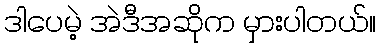
ဒါပေမဲ့ အဲဒီအဆိုက မှားပါတယ်။